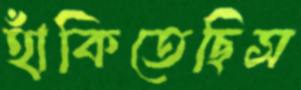
হাঁকিতেছিস